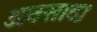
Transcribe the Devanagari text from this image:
अवसाद।